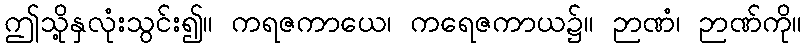
ဤသို့နှလုံးသွင်း၍။ ကရဇကာယေ၊ ကရေဇကာယ၌။ ဉာဏံ၊ ဉာဏ်ကို။